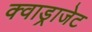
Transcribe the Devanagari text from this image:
क्वाड्राजेट